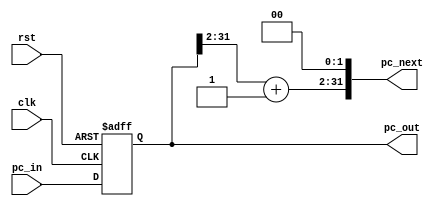
module pccounter
(
	input clk,
	input rst,
	input [31:0] pc_in,
	output [31:0] pc_next,
	output reg [31:0] pc_out
);

assign pc_next = {pc_out[31:2] + 30'b1, {2{1'b0}}};

always @(posedge clk, negedge rst) begin
	if (rst == 1'b0)
		pc_out <= 32'd0;
	else
		pc_out <= pc_in;
end


endmodule